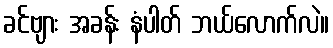
ခင်ဗျား အခန်း နံပါတ် ဘယ်လောက်လဲ။